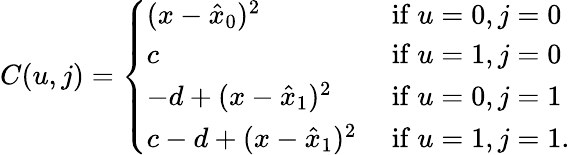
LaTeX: C(u,j)=\left\{ \begin{array}{ll}{{(x-\hat{x}_{0})^{2}}}&{{\mathrm{~if~}u=0,j=0}}\\ {{c}}&{{\mathrm{~if~}u=1,j=0}}\\ {{-d+(x-\hat{x}_{1})^{2}}}&{{\mathrm{~if~}u=0,j=1}}\\ {{c-d+(x-\hat{x}_{1})^{2}}}&{{\mathrm{~if~}u=1,j=1.}}\end{array}\right.